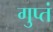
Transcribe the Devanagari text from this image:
गुप्तं